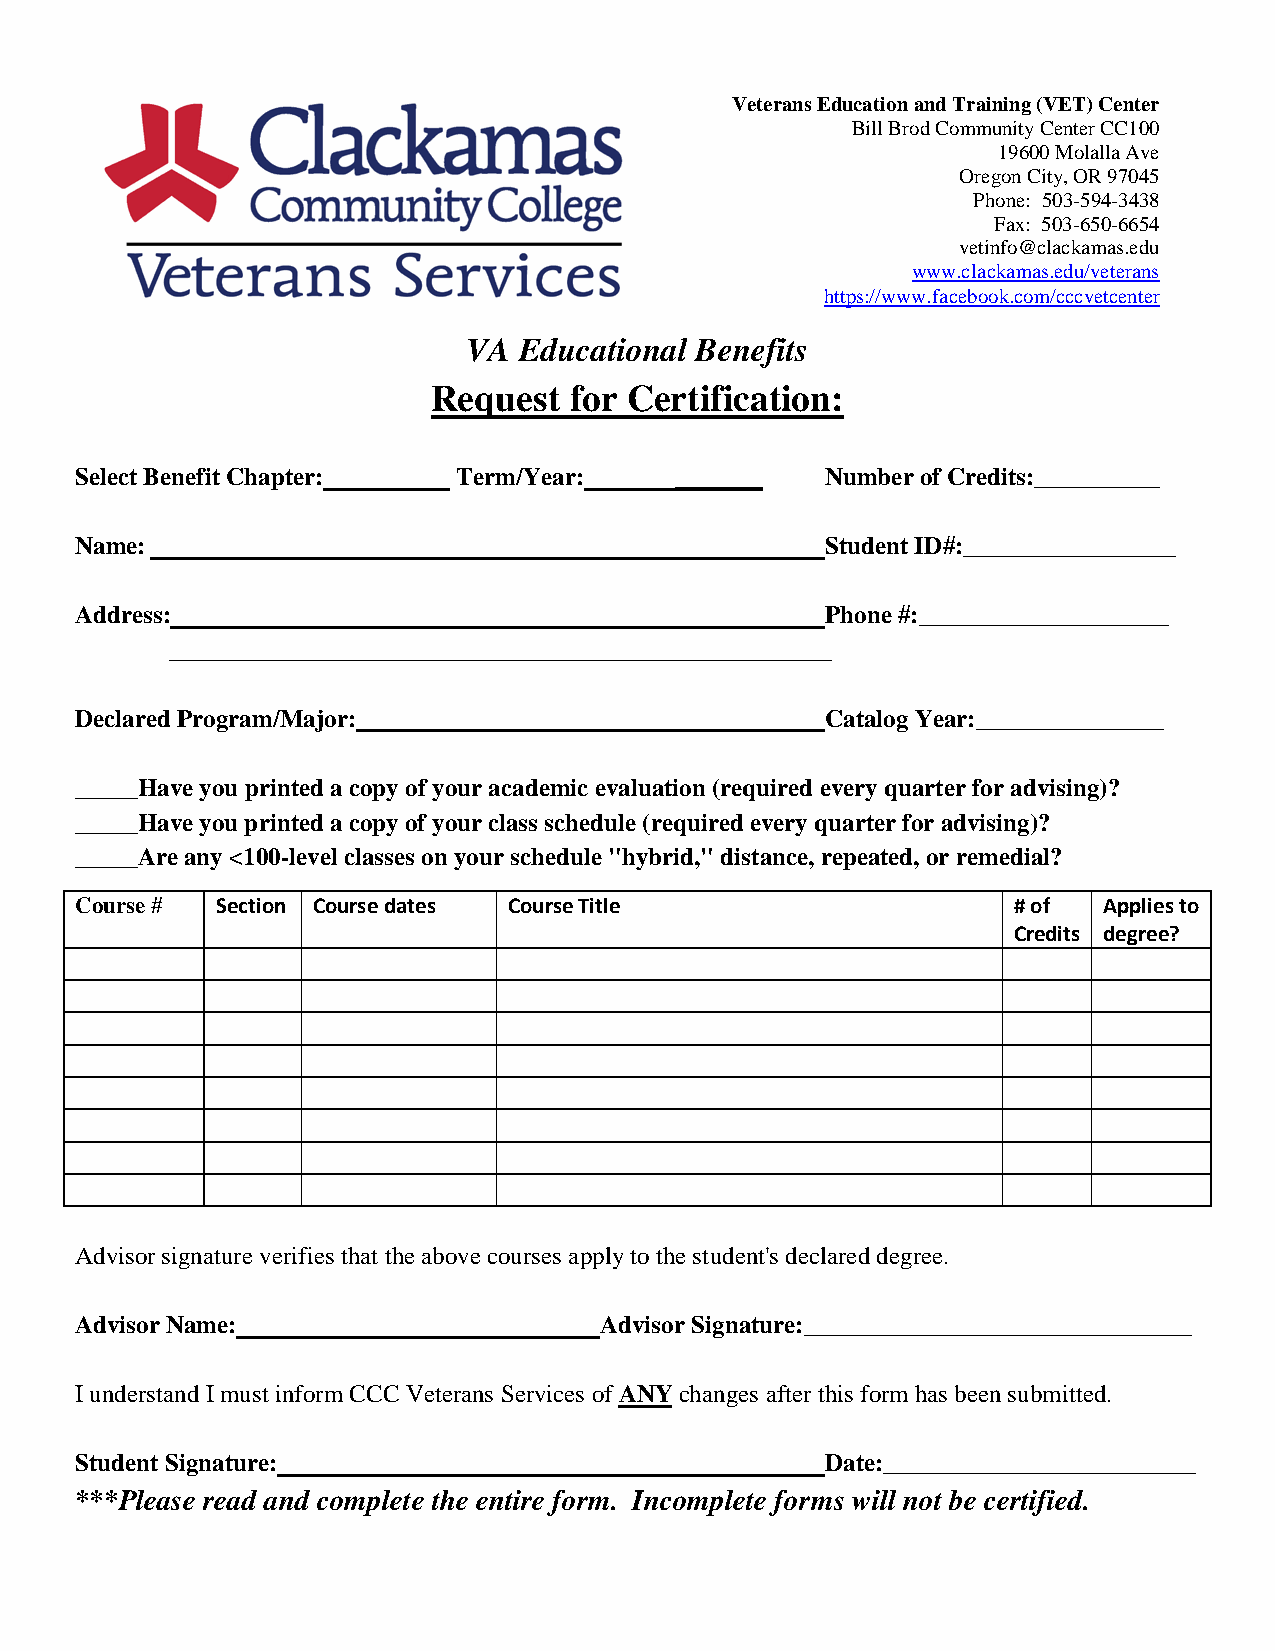
Veterans Education and Training (VET) Center
 Bill Brod Community Center CC100
 19600 Molalla Ave
 Oregon City, OR 97045
 Phone: 503-594-3438
 Fax: 503-650-6654
 vetinfo@clackamas.edu
 www.clackamas.edu/veterans
 https://www.facebook.com/cccvetcenter
 VA Educational Benefits
 Request  for Certification:
 Select Benefit Chapter:  Term/Year:     _______   Number of Credits:__________
 Name:                                             Student ID#:_________________
 Address:                                          Phone #:____________________
 _____________________________________________________
 Declared Program/Major:                           Catalog Year:_______________
 _____Have you printed a copy of your academic evaluation (required every quarter for advising)?
 _____Have you printed a copy of your class schedule (required every quarter for advising)?
 _____Are any <100-level classes on your schedule "hybrid," distance, repeated, or remedial?
 Course # Section Course dates Course Title                    # of  Applies to
 Credits degree?
 Advisor signature verifies that the above courses apply to the student's declared degree.
 Advisor Name:                      Advisor Signature:_______________________________
 I understand I must inform CCC Veterans Services of ANY changes after this form has been submitted.
 Student Signature:                                Date:_________________________
 ***Please read and complete the entire form. Incomplete forms will not be certified.